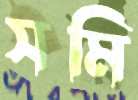
সমি